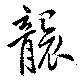
襲